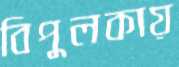
বিপুলকায়